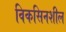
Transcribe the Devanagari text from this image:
विकसिनशील